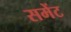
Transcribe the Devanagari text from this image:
समेंट